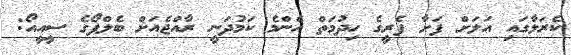
ކެރަލާގައި އަލަށް ފަށާ ފެރީގެ ހިދުމަތް އެންމެ ކަމުދަނީ ރާއްޖެއަށް ބެލްފޯގެ ސީއީއޯ: